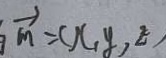
\overrightarrow { m } = ( x , y , z )